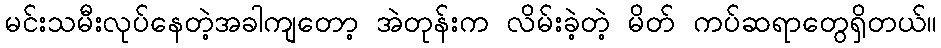
မင်းသမီးလုပ်နေတဲ့အခါကျတော့ အဲတုန်းက လိမ်းခဲ့တဲ့ မိတ် ကပ်ဆရာတွေရှိတယ်။